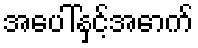
အပေါ်နှင့်အောက်